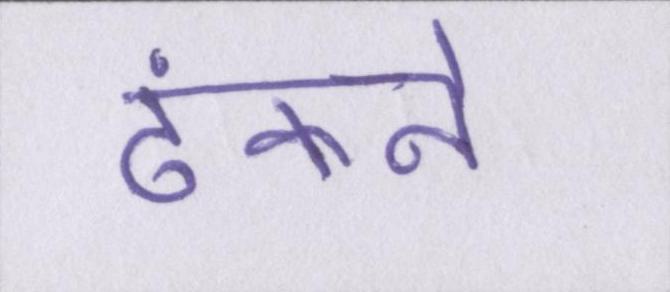
ढंकने